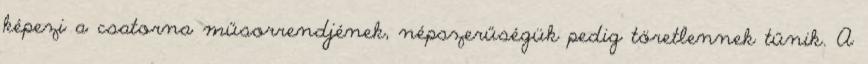
képezi a csatorna műsorrendjének, népszerűségük pedig töretlennek tűnik. A